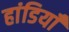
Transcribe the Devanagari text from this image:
हांडियाँ